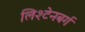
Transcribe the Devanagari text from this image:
लिश्टेनबर्ग